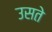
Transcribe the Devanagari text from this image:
उसते